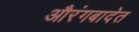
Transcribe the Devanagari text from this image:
औरंगबादेत